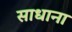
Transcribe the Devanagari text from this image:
साधाना